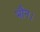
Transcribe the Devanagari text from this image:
भौन।